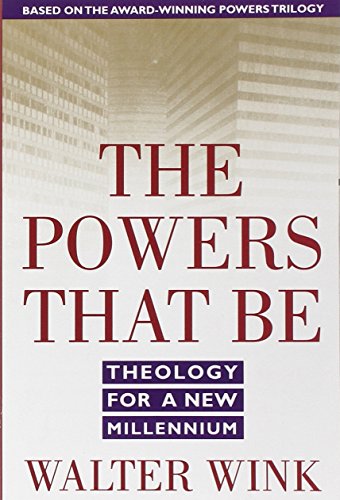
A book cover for The Powers That Be: Theology for a New Millennium; Walter Wink; Christian Books & Bibles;